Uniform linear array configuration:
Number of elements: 12
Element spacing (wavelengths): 1
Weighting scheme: cosine
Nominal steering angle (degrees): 0
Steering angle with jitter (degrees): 1.559
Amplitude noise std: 0.05
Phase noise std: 0.05

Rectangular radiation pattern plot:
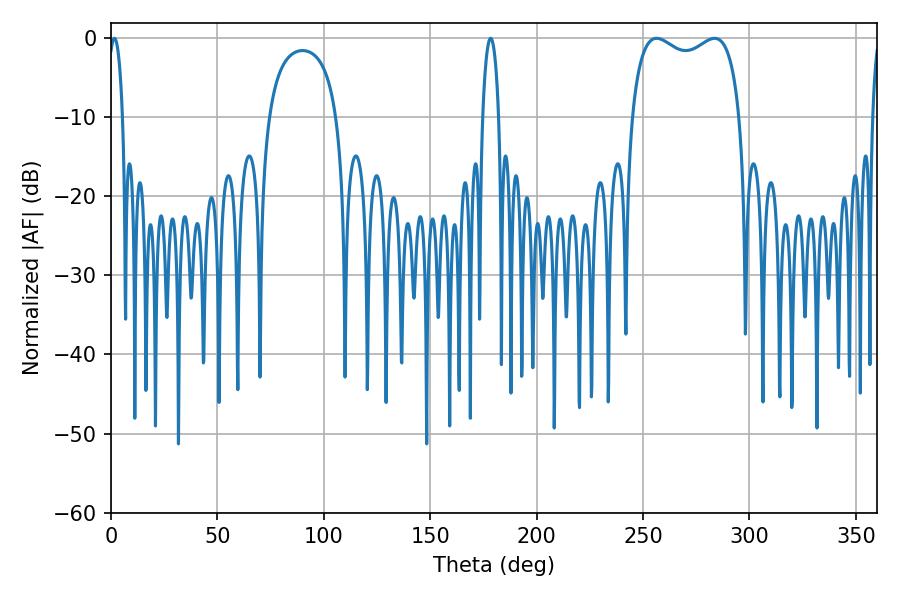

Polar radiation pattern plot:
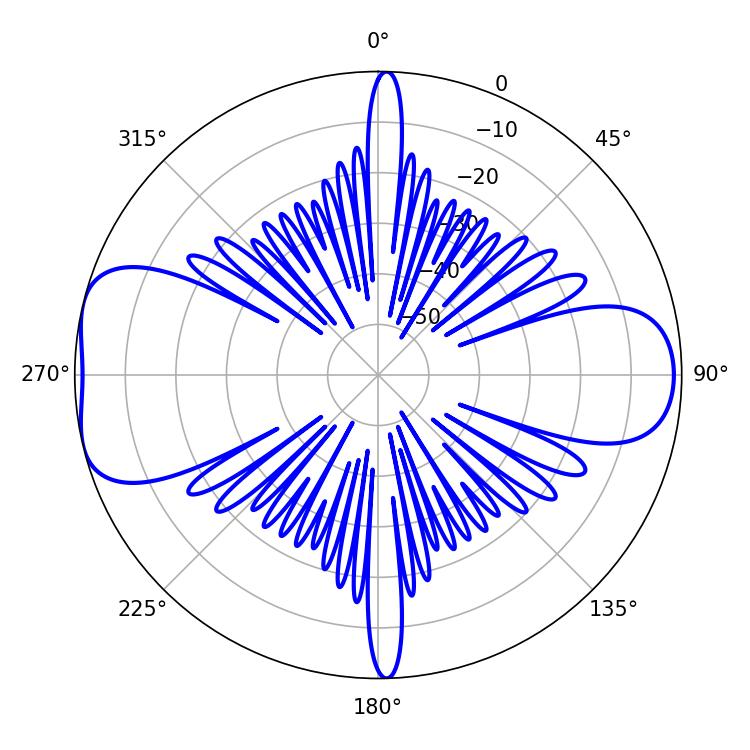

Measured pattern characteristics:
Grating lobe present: TRUE
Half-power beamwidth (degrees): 3.78
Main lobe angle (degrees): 1.62